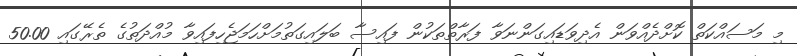
މި މަސައްކަތް ކޮށްދެއްވަން އެދިވަޑައިގަންނަވާ ފަރާތްތަކުން ފައިސާ ބަލައިގަތުމަށްހަމަޖެހިފައިވާ މުއްދަތުގެ ތެރޭގައި 50.00